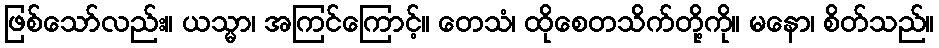
ဖြစ်သော်လည်း။ ယသ္မာ၊ အကြင်ကြောင့်။ တေသံ၊ ထိုစေတသိက်တို့ကို။ မနော၊ စိတ်သည်။